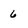
Character: 6